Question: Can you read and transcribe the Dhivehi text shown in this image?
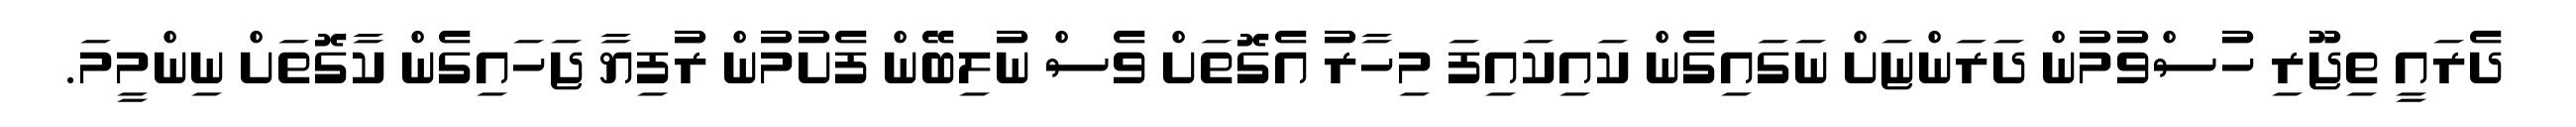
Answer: ދެރައީ ތިޖޫރި ހުސްވުމުން ދަރަންޏަށް ނަގައިގެން ކައިކައިފަ މިހާރު އެގޮތަށް ވެސް ނުލިބޭން ފެށުމުން ރުފިޔާ ޖަހައިގެން ކާގޮތަށް ނިންމީމަ.